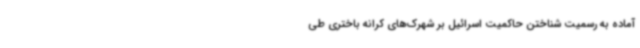
آماده به رسمیت شناختن حاکمیت اسرائیل بر شهرک‌های کرانه باختری طی